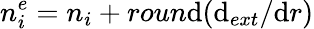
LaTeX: n_{i}^{e}=n_{i}+roun\mathrm{d}(\mathrm{d}_{ext}/\mathrm{d}r)